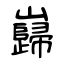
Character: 巋